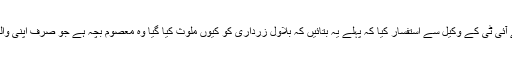
دوران سماعت چیف جسٹس نے جے آئی ٹی کے وکیل سے استفسار کیا کہ پہلے یہ بتائیں کہ بلاول زرداری کو کیوں ملوث کیا گیا وہ معصوم بچہ ہے جو صرف اپنی والدہ کی لیگیسی کو آگے بڑھا رہا ہے۔